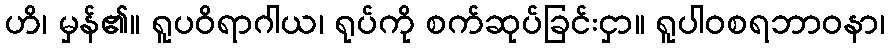
ဟိ၊ မှန်၏။ ရူပဝိရာဂါယ၊ ရုပ်ကို စက်ဆုပ်ခြင်းငှာ။ ရူပါဝစရဘာဝနာ၊